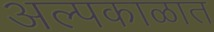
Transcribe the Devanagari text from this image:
अल्पकाळात